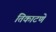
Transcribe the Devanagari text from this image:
तिकाटणे